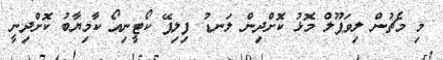
މި މެޗުން ލިވަޕޫލް މޮޅު ކޮށްދިން ލަނޑު ފިލިޕޭ ކޯޓީނިއޯ ކާމިޔާބު ކޮށްދިނީ